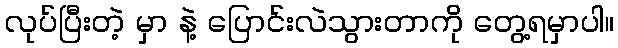
လုပ်ပြီးတဲ့ မှာ နဲ့ ပြောင်းလဲသွားတာကို တွေ့ရမှာပါ။